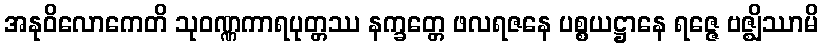
အနုဝိလောကေတိ သုဝဏ္ဏကာရပုတ္တဿ နက္ခတ္တေ ဖလရဇနေ ပစ္စယဋ္ဌာနေ ရဇ္ဇေ ဗဇ္ဈိဿာမိ